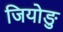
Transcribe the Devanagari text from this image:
जियोङु